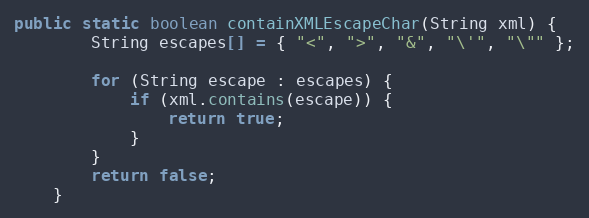
Language: Java
public static boolean containXMLEscapeChar(String xml) {
		String escapes[] = { "<", ">", "&", "\'", "\"" };

		for (String escape : escapes) {
			if (xml.contains(escape)) {
				return true;
			}
		}
		return false;
	}